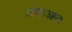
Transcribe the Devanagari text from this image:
अशाआत